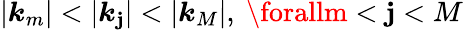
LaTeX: |\boldsymbol{k}_{m}|<|\boldsymbol{k}_{\mathbf{j}}|<|\boldsymbol{k}_{M}|,\ \forallm<\mathbf{j}<M